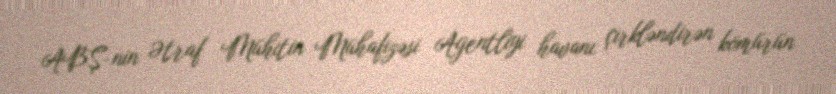
ABŞ-nin Ətraf Mühitin Mühafizəsi Agentliyi havanı çirkləndirən kömürün